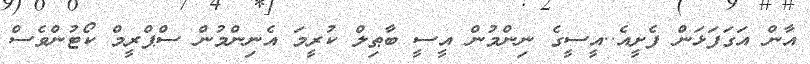
އާން އަގަފަޅަން ފެށީއެ..އީސީގެ ނިންމުން އީސީ ބާޠިލް ކުރީމަ އެނިންމުން ސްޕްރީމް ކޯޓުންވެސް